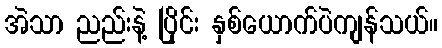
အဲသာ ညည်းနဲ့ ပြိုင်း နှစ်ယောက်ပဲကျန်သယ်။